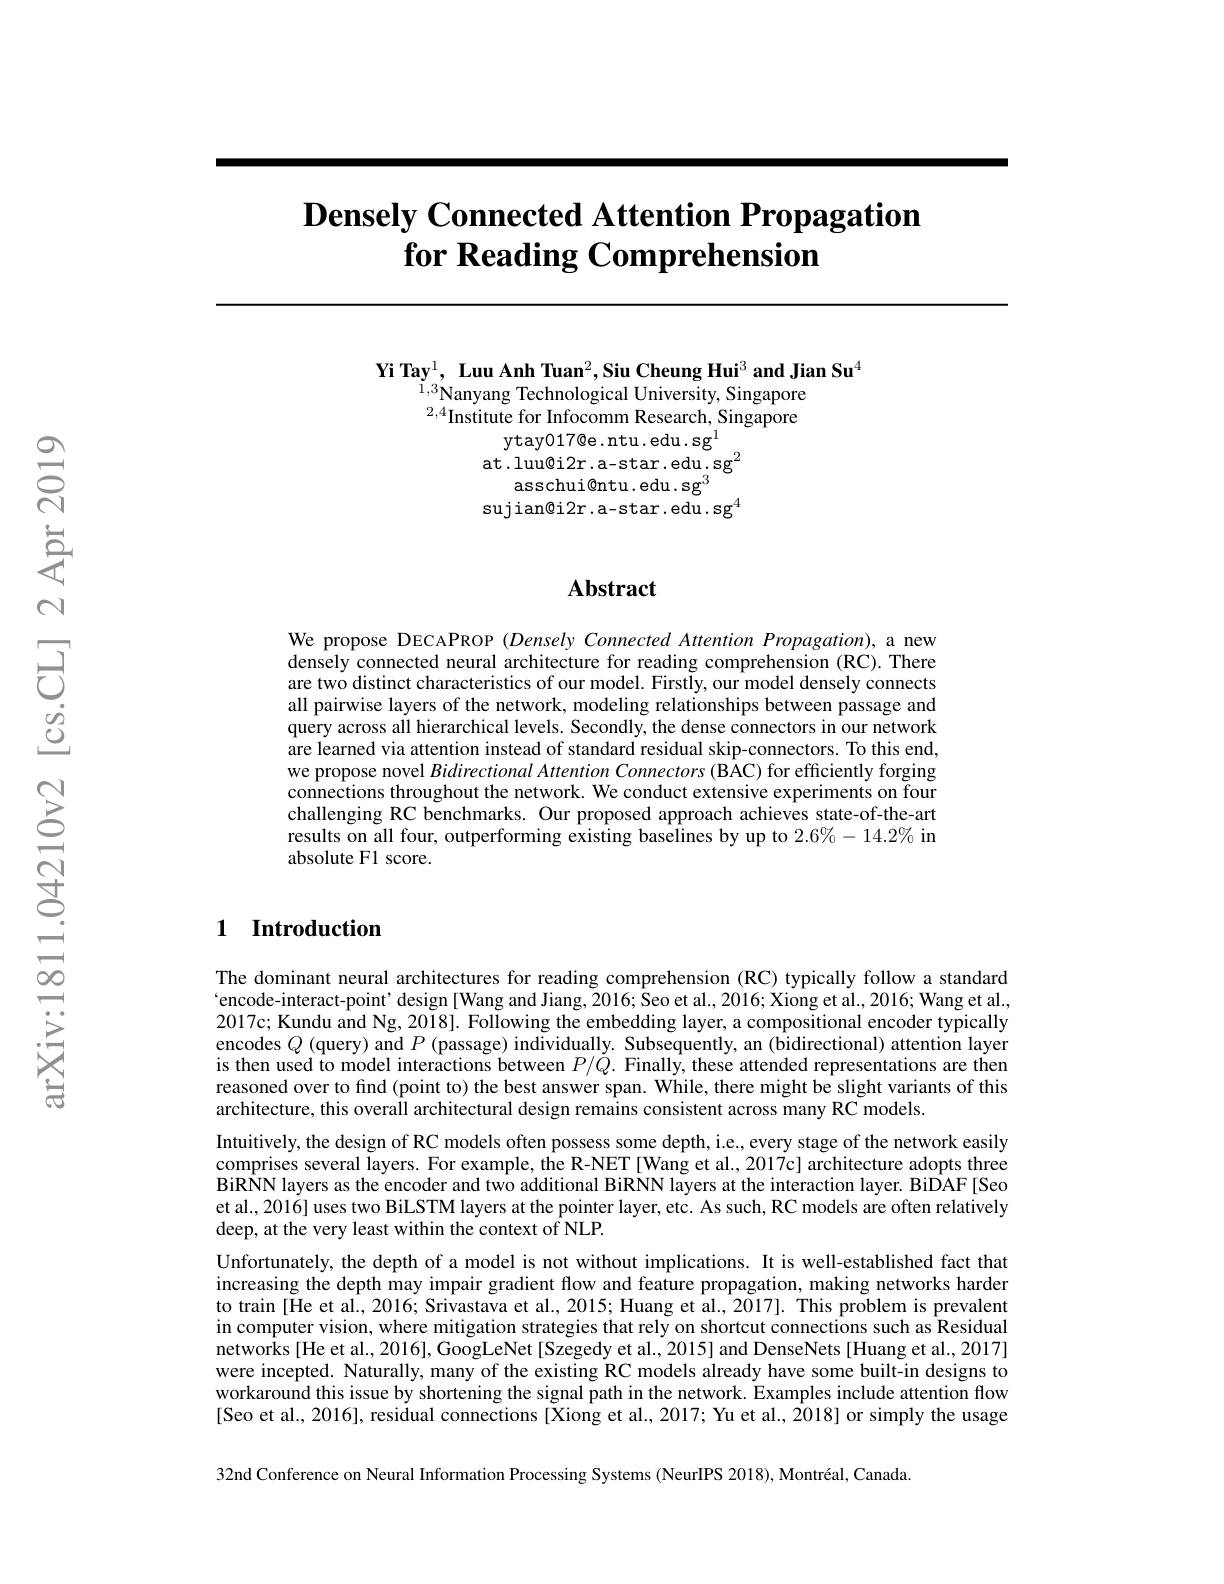
# $\textbf{Densely Connected Attention Propagation}$ for Reading Comprehension

Yi Tay$^1,\textbf{ Luu Anh Tuan}^2,\textbf{Siu Cheung Hui}^3\textbf{ and Jian Su}^4$
$\underset{2,4}{\operatorname*{\operatorname*{\operatorname*{\operatorname*{ay}}}}}$, Luu $r$mit ruan ,ou Cincung mu anu Ju$\underset{2,4}{\operatorname*{\operatorname*{\operatorname*{\mathrm{Nanyang~Technological~University,~Singapore}}}}}$ $^{2,4}$Institute for Infocomm Research, Singapore
ytay017@e.ntu.edu.sg$^{1}$
at.luu@i2r.a-star.edu.sg$^{2}$
asschui@ntu.edu.sg$^3$
sujian@i2r.a-star.edu.sg$^4$

## $\mathbf{Abstract}$

We propose DECAPROP (Densely Connected Attention Propagation),a new densely connected neural architecture for reading comprehension (RC).There are two distinct characteristics of our model. Firstly, our model densely connects all pairwise layers of the network, modeling relationships between passage and query across all hierarchical levels. Secondly, the dense connectors in our network are learned via attention instead of standard residual skip-connectors. To this end, we propose novel Bidirectional Attention Connectors (BAC) for efficiently forging connections throughout the network. We conduct extensive experiments on four challenging RC benchmarks. Our proposed approach achieves state-of-the-art results on all four, outperforming existing baselines by up to $2.6\%-14.2\%$ in absolute F1 score.

### 1 Introduction

The dominant neural architectures for reading comprehension (RC) typically follow a standard $`$encode-interact-point' design[Wang and Jiang, 2016; $\hat{\text{Seo et al.,2016;Xiong et al.,2016;Wang et al.,}}$ 2017c; Kundu and Ng, 2018]. Following the embedding layer, a compositional encoder typically encodes $Q$ (query) and $P$ (passage) individually. Subsequently, an (bidirectional) attention layer is then used to model interactions between $P/\tilde{Q}.$ Finally, these attended representations are then reasoned over to find (point to) the best answer span. While, there might be slight variants of this architecture, this overall architectural design remains consistent across many RC models.
Intuitively, the design of RC models often possess some depth, i.e., every stage of the network easily comprises several layers. For example, the R-NET [Wang et al., 2017c] architecture adopts three BiRNN layers as the encoder and two additional BiRNN layers at the interaction layer. BiDAF [Seo et al., 2016] uses two BiLSTM layers at the pointer layer, etc. As such, RC models are often relatively deep, at the very least within the context of NLP.
Unfortunately, the depth of a model is not without implications. It is well-established fact that increasing the depth may impair gradient flow and feature propagation, making networks harder to train [He et al., 2016; Srivastava et al., 2015; Huang et al., 2017]. This problem is prevalent in computer vision, where mitigation strategies that rely on shortcut connections such as Residual networks[He et al., 2016], GoogLeNet [Szegedy et al., 2015] and DenseNets[Huang et al., 2017] were incepted. Naturally, many of the existing RC models already have some built-in designs to workaround this issue by shortening the signal path in the network. Examples include attention flow [Seo et al., 2016], resiđual connections [Xiong et al., 2017; Yu et al., 2018] or simply the usage 32nd Conference on Neural Information Processing Systems (NeurIPS 2018), Montréal, Canada